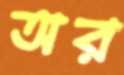
অর